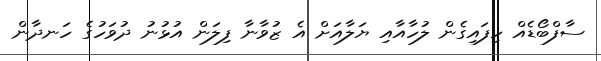
ސާފްބޯޑެއް ހިފައިގެން ލުހާއާއި ޔަލާއަށް އެ ޒުވާނާ ފިލަން އުޅުނު ދުވަހުގެ ހަނދާން